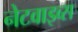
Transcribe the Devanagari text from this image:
नेटवाइव्स